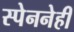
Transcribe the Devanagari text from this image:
स्पेननेही